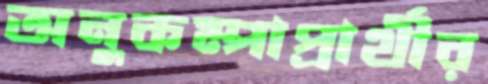
অনুকম্পাপ্রার্থীর